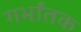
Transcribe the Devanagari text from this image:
गर्भांतक